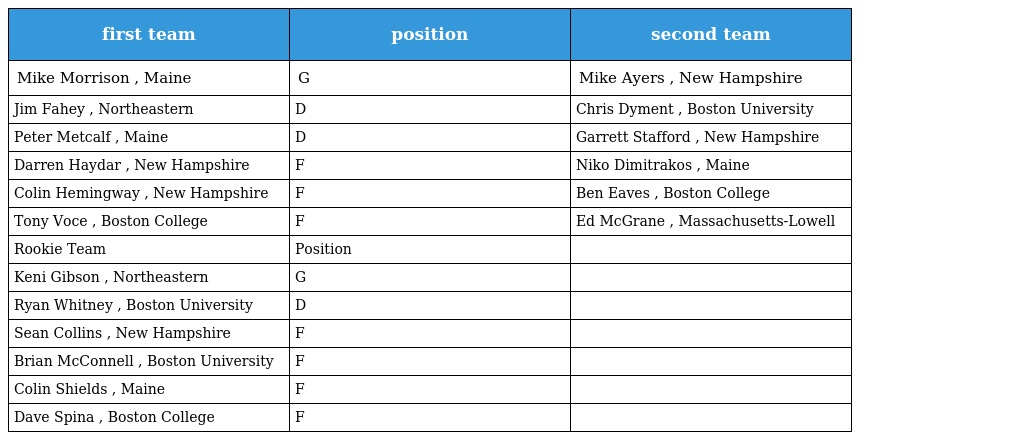
| first team | position | second team |
 | --- | --- | --- |
 | Mike Morrison , Maine | G | Mike Ayers , New Hampshire |
 | Jim Fahey , Northeastern | D | Chris Dyment , Boston University |
 | Peter Metcalf , Maine | D | Garrett Stafford , New Hampshire |
 | Darren Haydar , New Hampshire | F | Niko Dimitrakos , Maine |
 | Colin Hemingway , New Hampshire | F | Ben Eaves , Boston College |
 | Tony Voce , Boston College | F | Ed McGrane , Massachusetts-Lowell |
 | Rookie Team | Position |  |
 | Keni Gibson , Northeastern | G |  |
 | Ryan Whitney , Boston University | D |  |
 | Sean Collins , New Hampshire | F |  |
 | Brian McConnell , Boston University | F |  |
 | Colin Shields , Maine | F |  |
 | Dave Spina , Boston College | F |  |